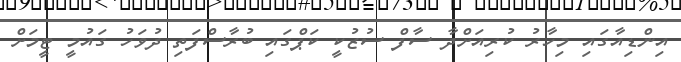
އިންޑިއާގައި މިހާރު ކުރިއަށްދާ ސާފް ސުޒުކީ ކަޕްގައި ބުރާސްފަތި ދުވަހު ގައުމީ ޓީމަށް